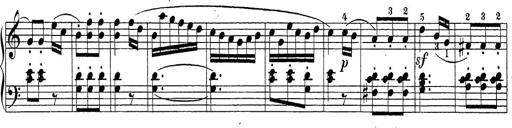
Title: Sonatina Album
Composer: Louis KÃ¶hler